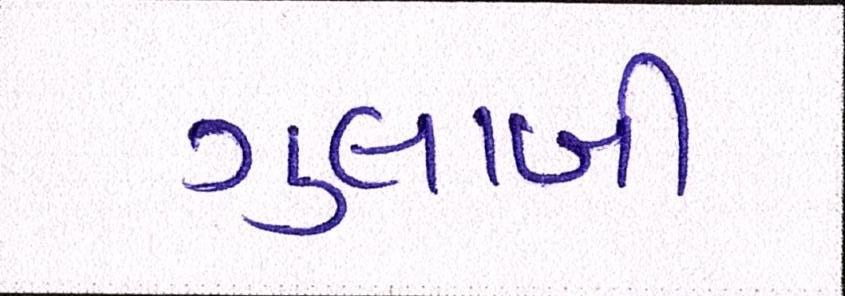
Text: ગુલાબી